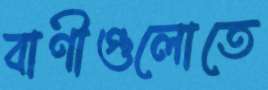
বাণীগুলোতে